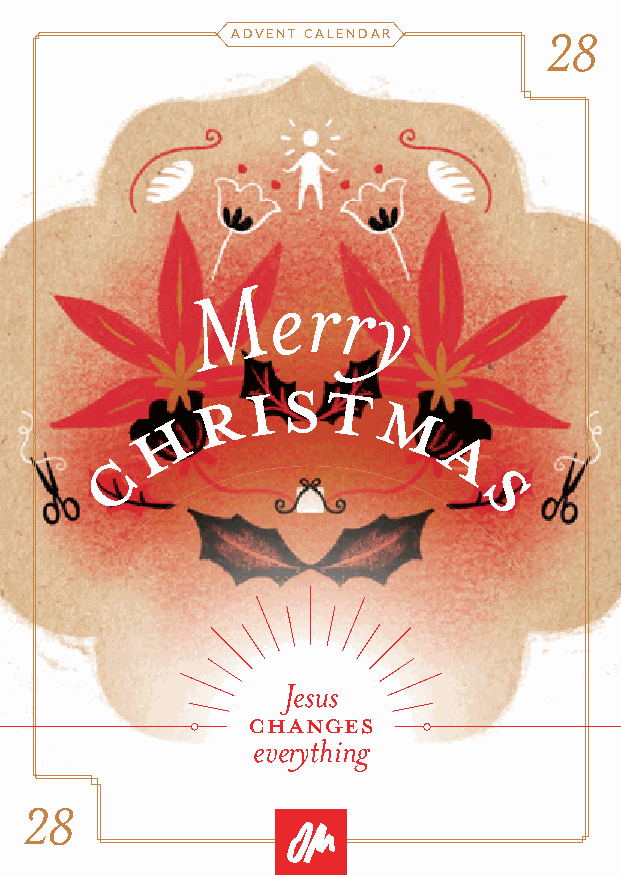
ADVENT CALENDAR      28
 M   err
 y
 R  I S T
 H             M
 C                      A
 S
 Jesus
 changes
 everything
 28